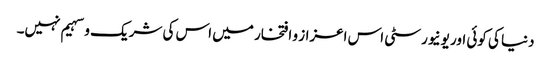
دنیا کی کوئی اور یونیورسٹی اس اعزاز و افتخار میں اس کی شریک و سہیم نہیں۔